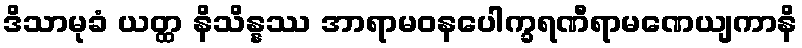
ဒိသာမုခံ ယတ္ထ နိသိန္နဿ အာရာမဝနပေါက္ခရဏီရာမဏေယျကာနိ